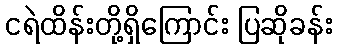
ငရဲထိန်းတို့ရှိကြောင်း ပြဆိုခန်း